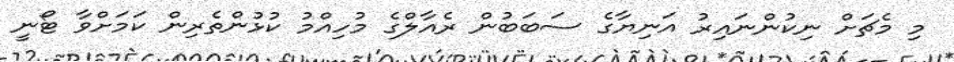
މި މެޗަށް ނިކުންނައިރު އަނިޔާގެ ސަބަބުން ރެއާލްގެ މުހިއްމު ކުޅުންތެރިން ކަމަށްވާ ޓޯނީ